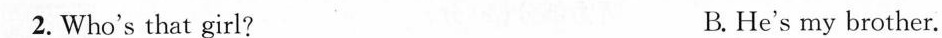
2. Who's that girl? B. He's my brother.